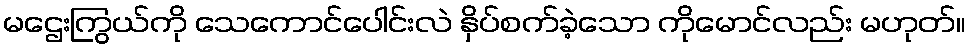
မဌေးကြွယ်ကို သေကောင်ပေါင်းလဲ နှိပ်စက်ခဲ့သော ကိုမောင်လည်း မဟုတ်။